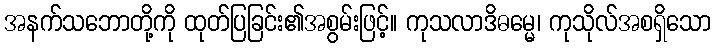
အနက်သဘောတို့ကို ထုတ်ပြခြင်း၏အစွမ်းဖြင့်။ ကုသလာဒိဓမ္မေ၊ ကုသိုလ်အစရှိသော